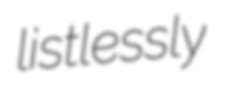
listlessly